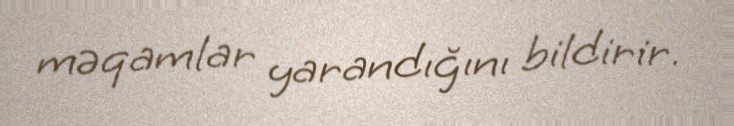
məqamlar yarandığını bildirir.